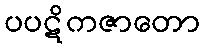
ပပဋိကဇာတော